Investigations into the jail dietaries of the United Provinces with some observations on the influence of dietary on the physical development and well-being of the people of the United Provinces - Number 48
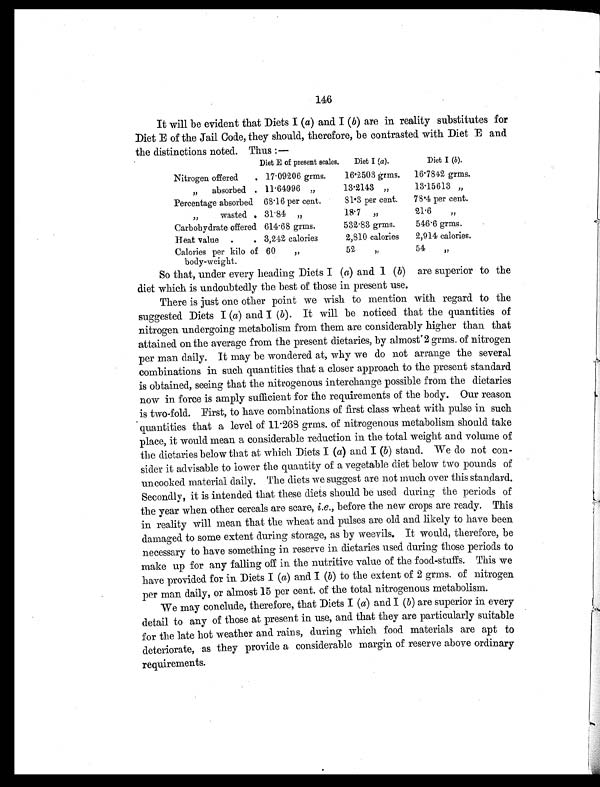
146
It will be evident that Diets I (a) and I (b) are in reality substitutes for
Diet E of the Jail Code, they should, therefore, be contrasted with Diet E and
the distinctions noted. Thus :—
Diet E of present scales. Diet I (a).
Diet I (b).
Nitrogen offered . 17.09206 grms.
16.2503 grms. 16.7842 grms.
„ absorbed . 11.64996 „
13.2143 „
13.15613 „
Percentage absorbed 68.16 per cent.
81.3 per cent. 78.4 per cent.
„ wasted . 31.84 „
18.7 „
21.6 „
Carbohydrate offered 614.68 grms.
532.83 grms.
546.6 grms.
Heat value .
. 3,242 calories
2,810 calories 2,914 calories.
Calories per kilo of
body-weight.
60 „
52 „
54 „
So that, under every heading Diets I ( a) and I ( b) are superior to the
diet which is undoubtedly the best of those in present use.
There is just one other point we wish to mention with regard to the
suggested Diets I (a) and I ( b). It will be noticed that the quantities of
nitrogen undergoing metabolism from them are considerably higher than that
attained on the average from the present dietaries, by almost 2 grms. of nitrogen
per man daily. It may be wondered at, why we do not arrange the several
combinations in such quantities that a closer approach to the present standard
is obtained, seeing that the nitrogenous interchange possible from the dietaries
now in force is amply sufficient for the requirements of the body. Our reason
is two-fold. First, to have combinations of first class wheat with pulse in such
quantities that a level of 11.268 grms. of nitrogenous metabolism should take
place, it would mean a considerable reduction in the total weight and volume of
the dietaries below that at which Diets I (a) and I (b) stand. We do not con-
sider it advisable to lower the quantity of a vegetable diet below two pounds of
uncooked material daily. The diets we suggest are not much over this standard.
Secondly, it is intended that these diets should be used during the periods of
the year when other cereals are scare, i.e., before the new crops are ready. This
in reality will mean that the wheat and pulses are old and likely to have been
damaged to some extent during storage, as by weevils. It would, therefore, be
necessary to have something in reserve in dietaries used during those periods to
make up for any falling off in the nutritive value of the food-stuffs. This we
have provided for in Diets I ( a) and I (b) to the extent of 2 grms. of nitrogen
per man daily, or almost 15 per cent. of the total nitrogenous metabolism.
We may conclude, therefore, that Diets I (a) and I (b) are superior in every
detail to any of those at present in use, and that they are particularly suitable
for the late hot weather and rains, during which food materials are apt to
deteriorate, as they provide a considerable margin of reserve above ordinary
requirements.